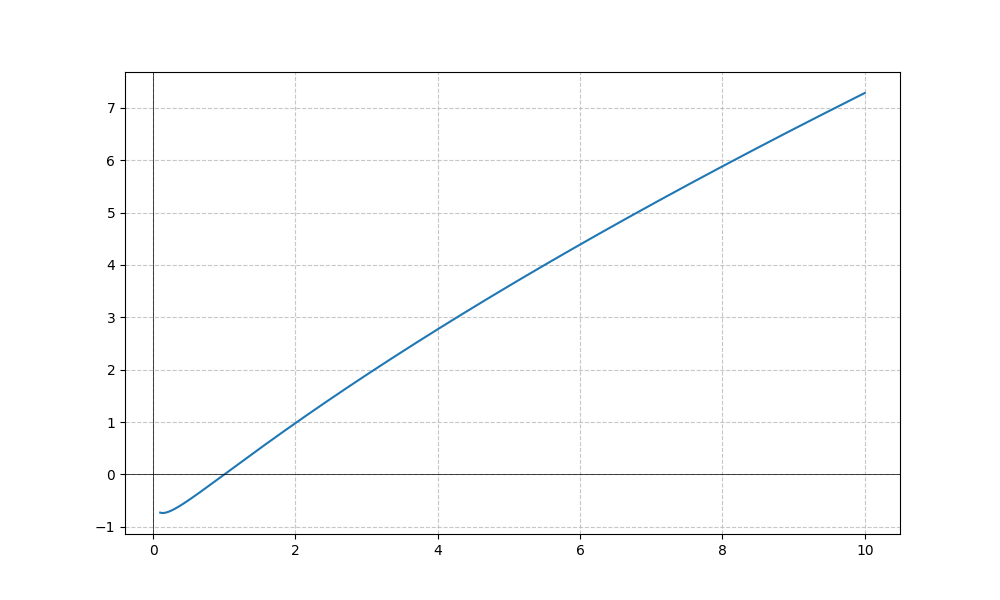
LaTeX formula: \sqrt{x} \log{\left(x \right)}